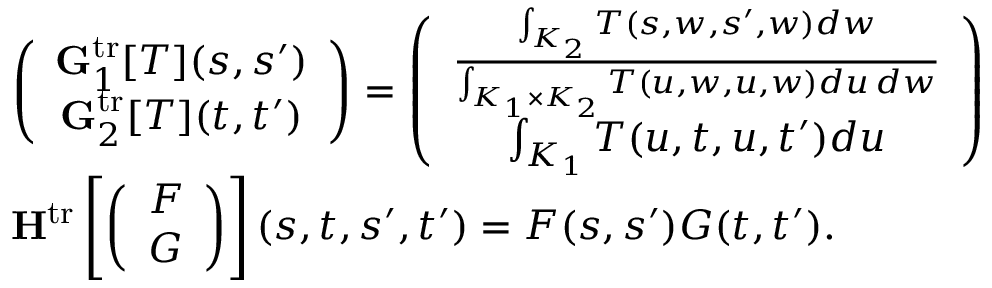
\begin{array} { r l } & { \left( \begin{array} { c } { \mathbf { G } _ { 1 } ^ { \mathrm { t r } } [ T ] ( s , s ^ { \prime } ) } \\ { \mathbf { G } _ { 2 } ^ { \mathrm { t r } } [ T ] ( t , t ^ { \prime } ) } \end{array} \right) = \left( \begin{array} { c } { \frac { \int _ { K _ { 2 } } T ( s , w , s ^ { \prime } , w ) d w } { \int _ { K _ { 1 } \times K _ { 2 } } T ( u , w , u , w ) d u \, d w } } \\ { \int _ { K _ { 1 } } T ( u , t , u , t ^ { \prime } ) d u } \end{array} \right) } \\ & { \mathbf { H } ^ { \mathrm { t r } } \left[ \left( \begin{array} { c } { F } \\ { G } \end{array} \right) \right] ( s , t , s ^ { \prime } , t ^ { \prime } ) = F ( s , s ^ { \prime } ) G ( t , t ^ { \prime } ) . } \end{array}